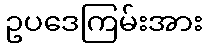
ဥပဒေကြမ်းအား